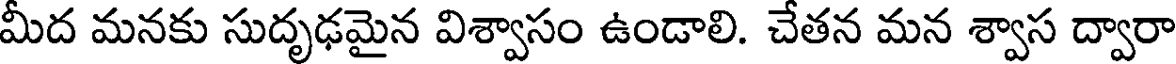
మీద మనకు సుదృఢమైన విశ్వాసం ఉండాలి. చేతన మన శ్వాస ద్వారా